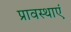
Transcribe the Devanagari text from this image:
प्रावस्थाएं